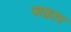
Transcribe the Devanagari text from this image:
जफ़ार